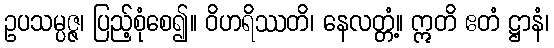
ဥပသမ္ပဇ္ဇ၊ ပြည့်စုံစေ၍။ ဝိဟရိဿတိ၊ နေလတ္တံ့။ ဣတိ ဧတံ ဋ္ဌာနံ၊